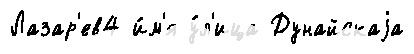
Лазар'ев4 и́м'я у́л'ица Дунайскаjа